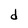
Character: d